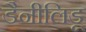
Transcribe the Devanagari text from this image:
डैनीलिडू